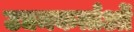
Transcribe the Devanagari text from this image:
उद्यमकर्ताओं